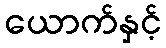
ယောက်နှင့်